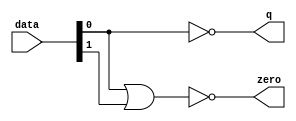
module  float_add_sub_altpriority_encoder_nh8
	( 
	data,
	q,
	zero) ;
	input   [1:0]  data;
	output   [0:0]  q;
	output   zero;
	assign
		q = {(~ data[0])},
		zero = (~ (data[0] | data[1]));
endmodule